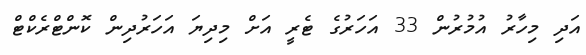
އަދި މިހާރު އުމުރުން 33 އަހަރުގެ ޓެރީ އަށް މިދިޔަ އަހަރުދިން ކޮންޓްރެކްޓް